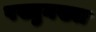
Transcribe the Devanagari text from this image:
पख्तुनख्वा